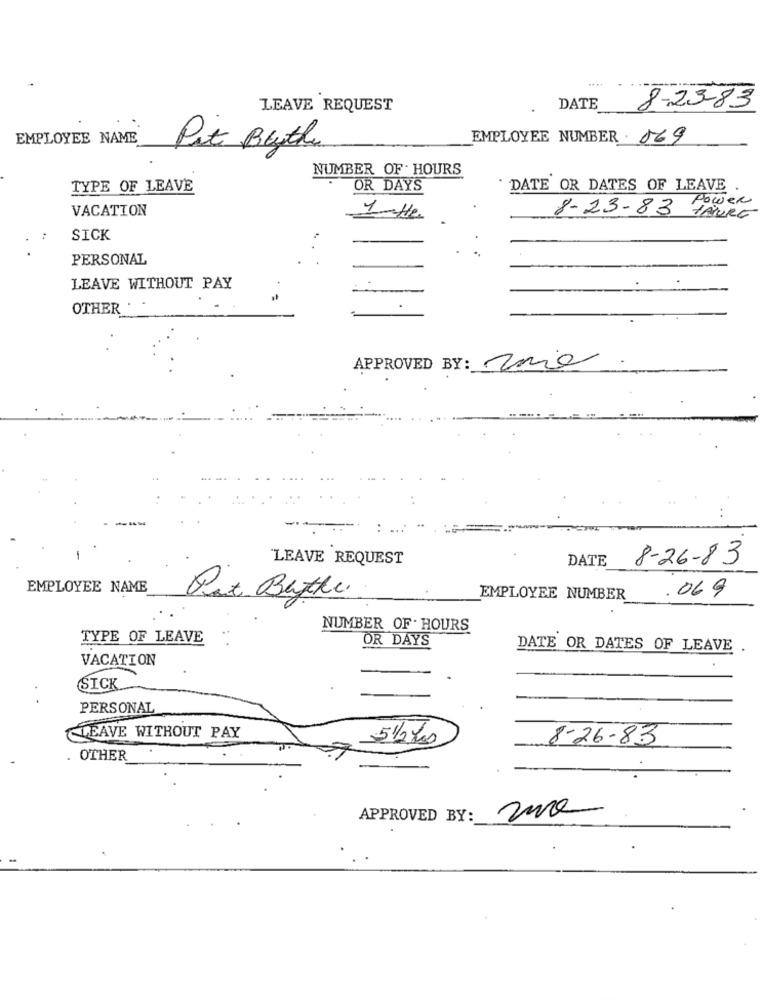
LEAVE REQUEST
DATE
8-23-83
EMPLOYEE NAME
EMPLOYEE NUMBER. 069
Pit Bythe
NUMBER OF HOURS
TYPE OF LEAVE
OR DAYS
DATE OR DATES OF LEAVE
Power
VACATION
8-23-83
TAURE
1-He
SICK
PERSONAL
LEAVE WITHOUT PAY
OTHER.
APPROVED BY: uno
LEAVE REQUEST
DATE
8-26-83
EMPLOYEE NAME
Pit Bytte.
EMPLOYEE NUMBER
. 069
NUMBER OF . HOURS
TYPE OF LEAVE
OR DAYS
DATE OR DATES OF LEAVE
VACATION
SICK
PERSONAL
LEAVE WITHOUT PAY
51/2 hrs
8-26-83
OTHER
APPROVED BY: